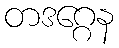
တဒဂ္ဂေန